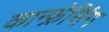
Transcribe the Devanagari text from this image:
कान्फ्रेसिंग